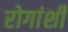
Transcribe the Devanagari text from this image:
रोगांशी